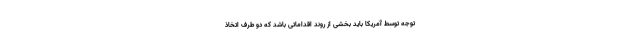
توجه توسط آمریکا باید بخشی از روند اقداماتی باشد که دو طرف اتخاذ